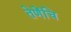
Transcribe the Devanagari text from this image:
तेणेंचि